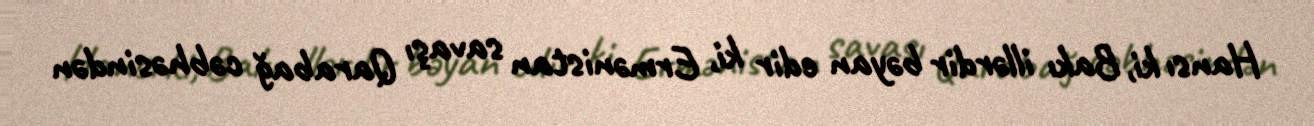
Hansı ki, Bakı illərdir bəyan edir ki, Ermənistan savaşı Qarabağ cəbhəsindən